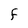
Character: F